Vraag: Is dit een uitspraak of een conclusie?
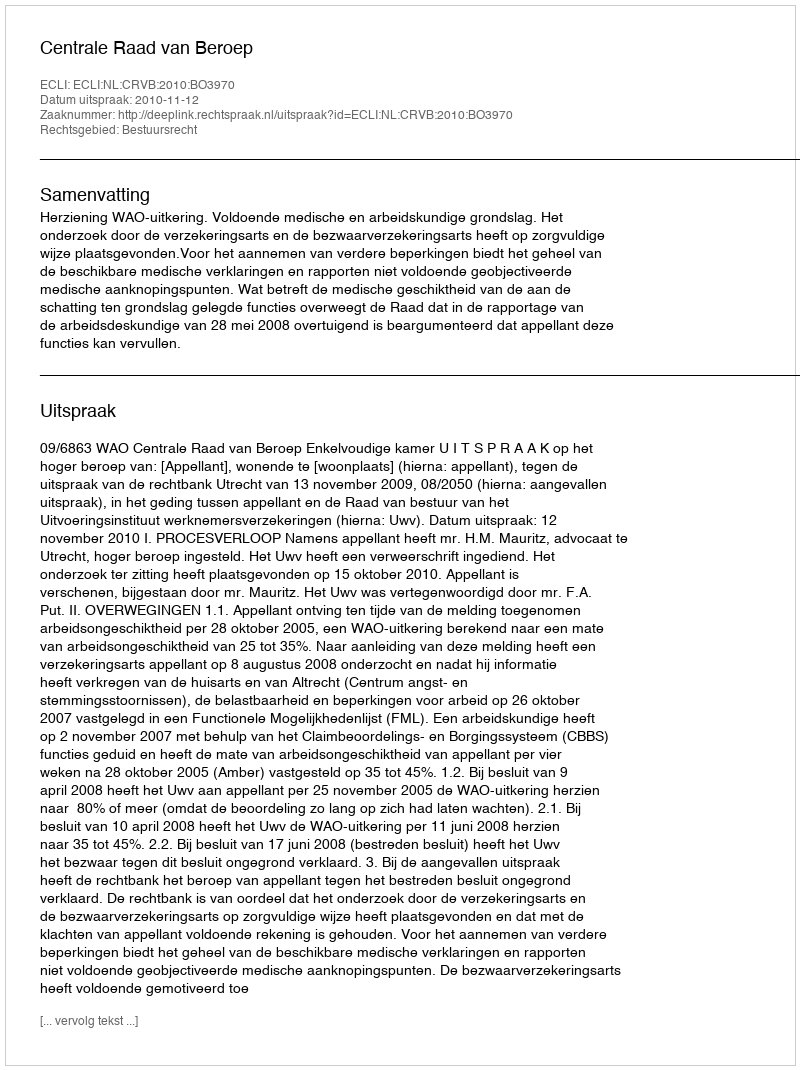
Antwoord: Uitspraak